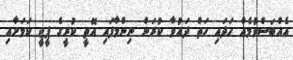
އެއްބަސްވުމެއް ހަދައި ހަތް ދައުވާ ކުރަން ނިންމާފައި އޮތީ ކުރީގެ ޕީޖީ ކަމަށާއި